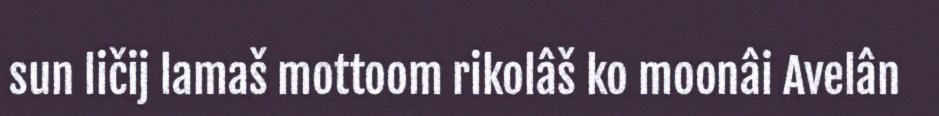
sun ličij lamaš mottoom rikolâš ko moonâi Avelân